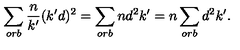
\sum _ { o r b } \frac { n } { k ^ { \prime } } ( k ^ { \prime } d ) ^ { 2 } = \sum _ { o r b } n d ^ { 2 } k ^ { \prime } = n \sum _ { o r b } d ^ { 2 } k ^ { \prime } .